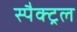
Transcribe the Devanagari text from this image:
स्पैक्ट्रल